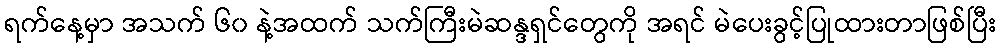
ရက်နေ့မှာ အသက် ၆၀ နဲ့အထက် သက်ကြီးမဲဆန္ဒရှင်တွေကို အရင် မဲပေးခွင့်ပြုထားတာဖြစ်ပြီး